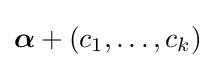
{\boldsymbol {\alpha }}+(c_{1},\ldots ,c_{k})